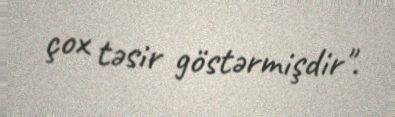
çox təsir göstərmişdir".